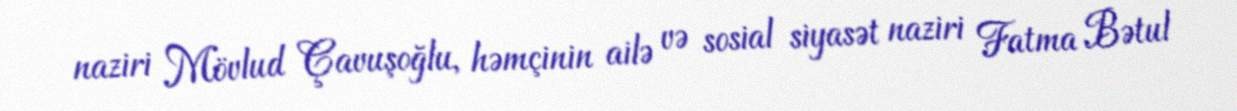
naziri Mövlud Çavuşoğlu, həmçinin ailə və sosial siyasət naziri Fatma Bətul